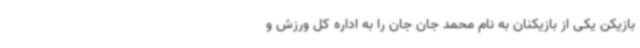
بازیکن یکی از بازیکنان به نام محمد جان جان را به اداره کل ورزش و